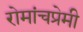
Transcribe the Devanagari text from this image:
रोमांचप्रेमी